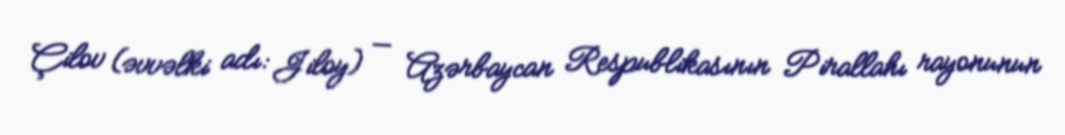
Çilov (əvvəlki adı: Jiloy) — Azərbaycan Respublikasının Pirallahı rayonunun